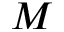
M